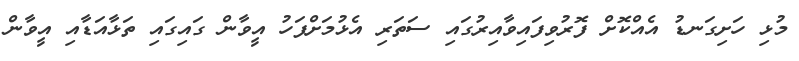
މުޅި ހަށިގަނޑު އެއްކޮށް ފޮރުވިފައިވާއިރުގައި ސަތަރި އެޅުމަށްފަހު އީވާން ގައިގައި ތަޅާއަޑާއި އީވާން